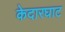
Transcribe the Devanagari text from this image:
केदारघाट